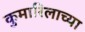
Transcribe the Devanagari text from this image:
कुमारिलाच्या